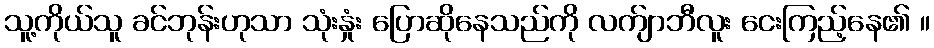
သူ့ကိုယ်သူ ခင်ဘုန်းဟုသာ သုံးနှုံး ပြောဆိုနေသည်ကို လက်ျာဘီလူး ငေးကြည့်နေ၏ ။